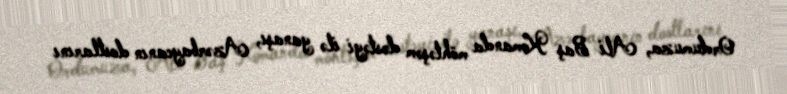
Ordumuza, Ali Baş Komanda möhtəşəm dəstəyi ilə yanaşı, Azərbaycanın dostlarını